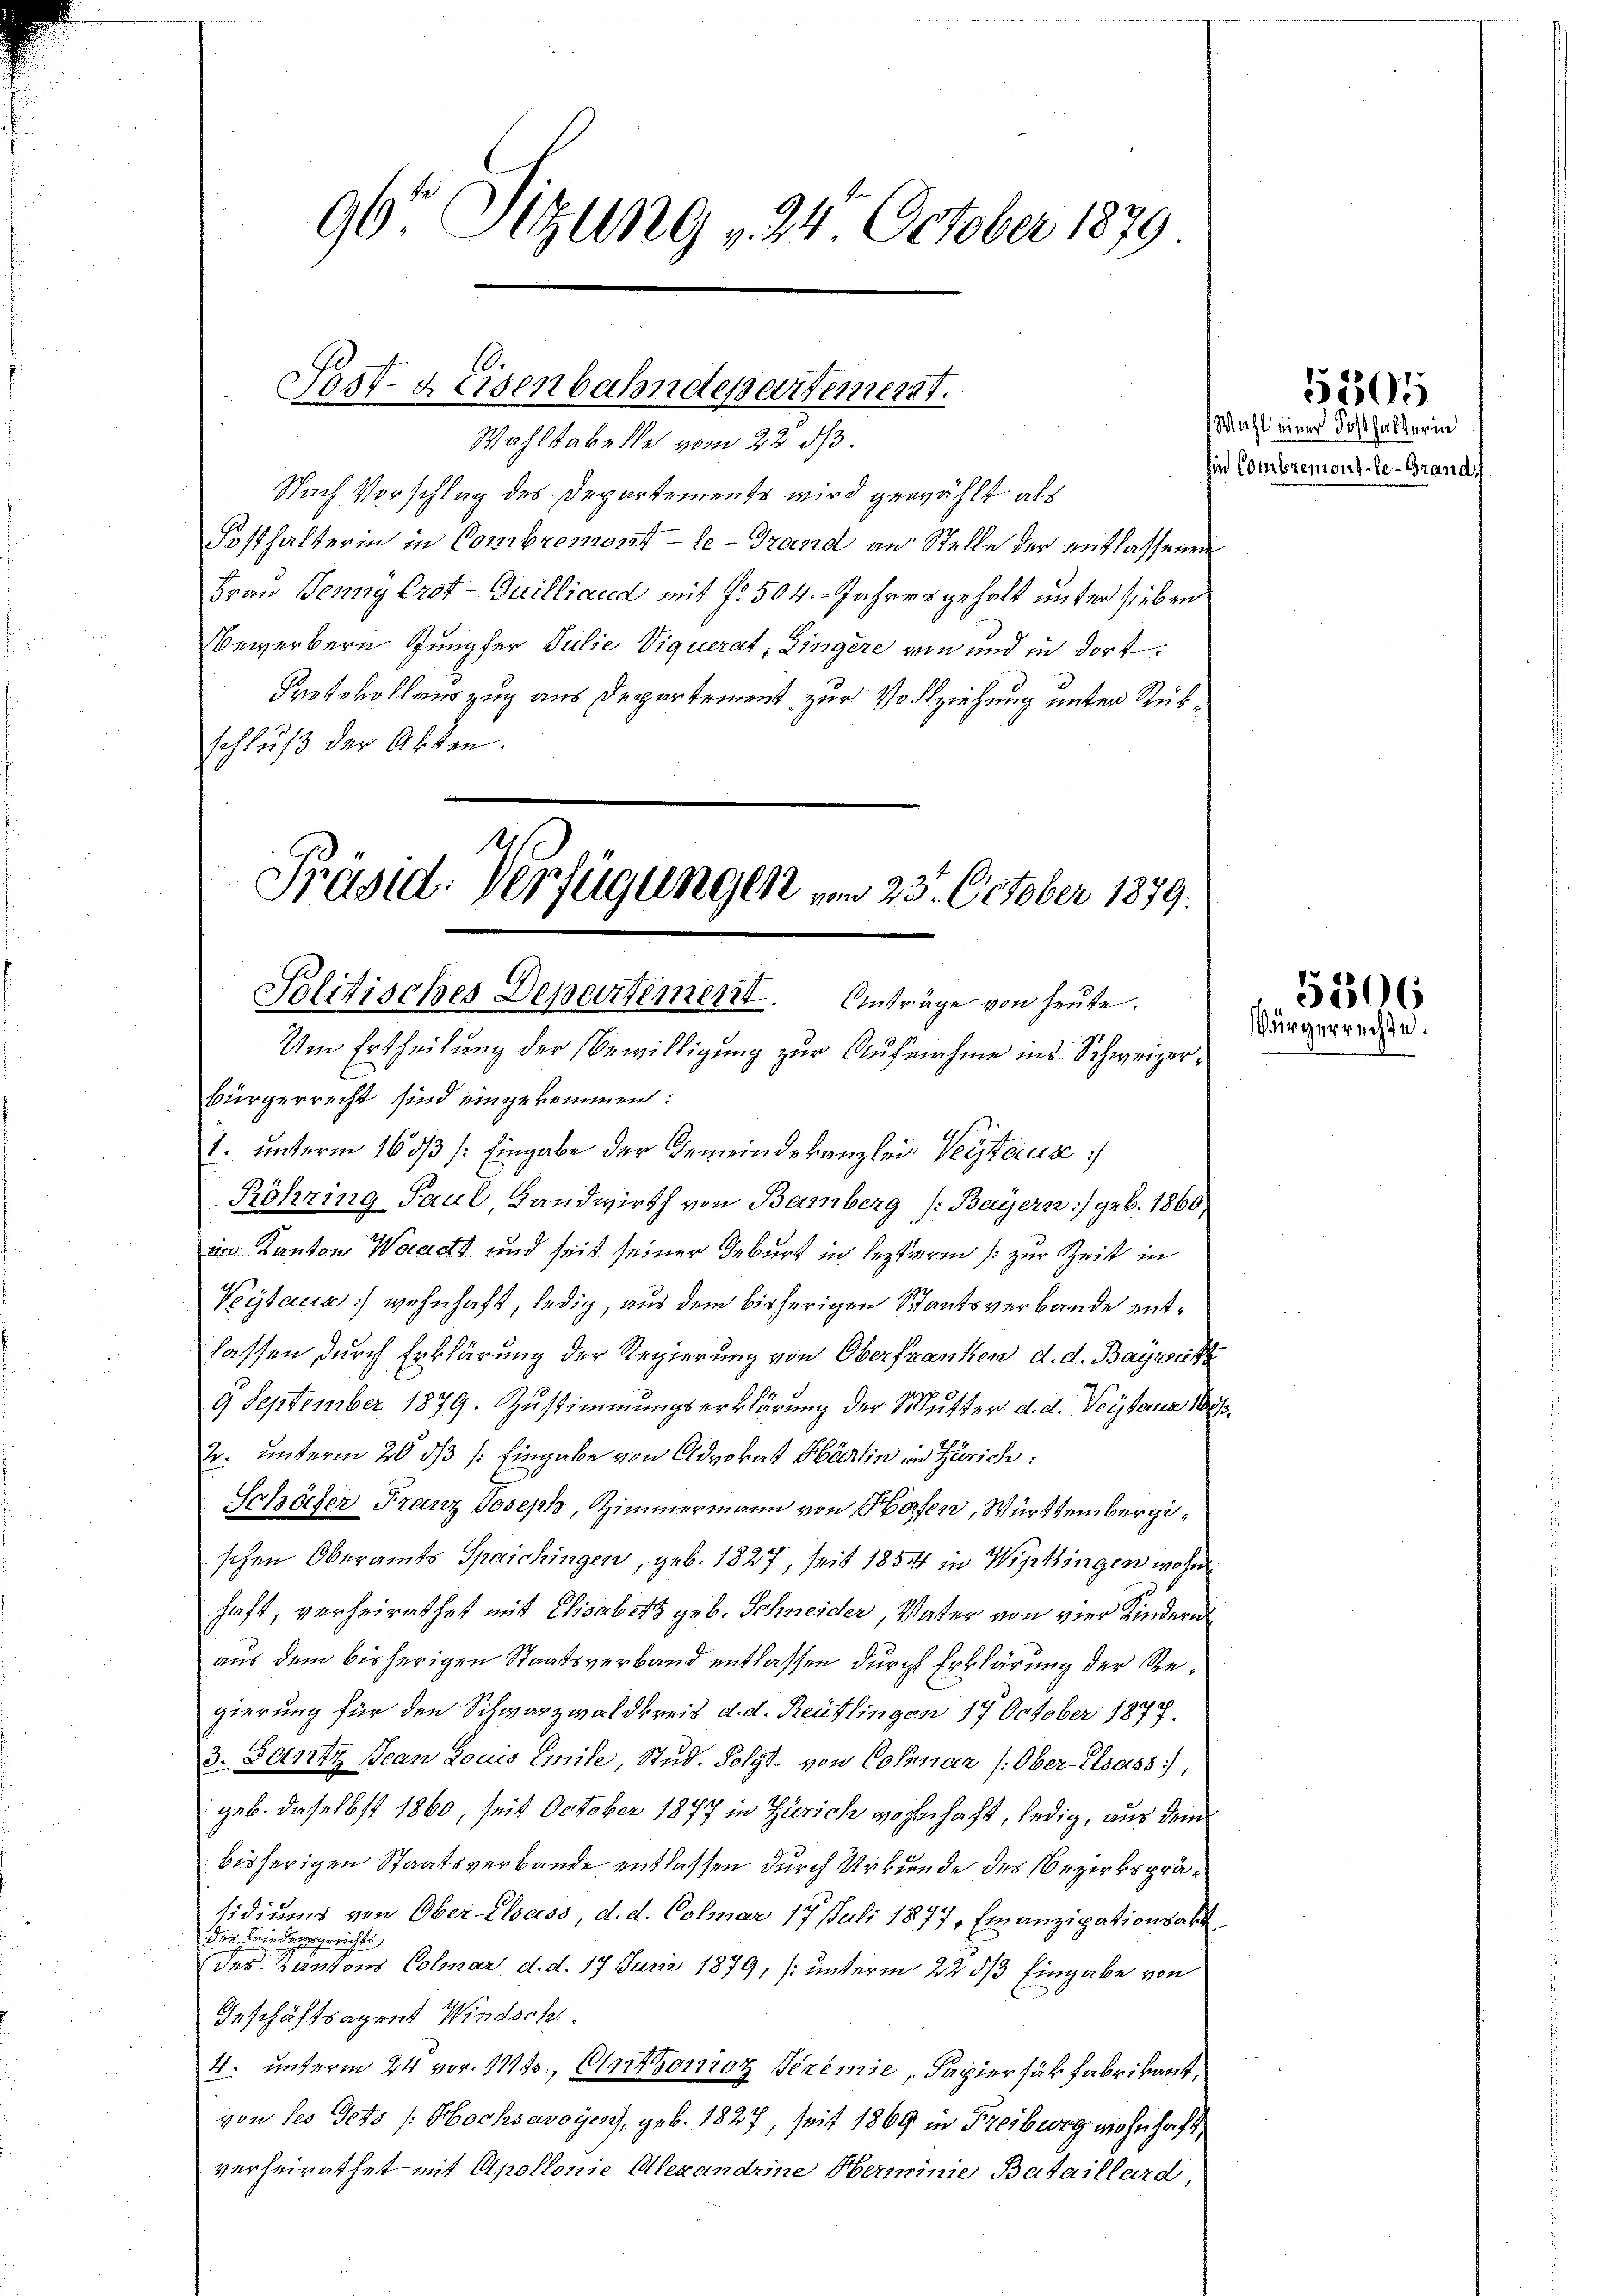
96t Sitzung 24. October 1879

Post- & Eisenbahndepartement.
Wahlstabelle vom 22. ds.

¬
Nach Vorschlag des Departements wird gewählt als
Fosthalterin in Combremont - le - Grand an Stelle der entlassenen
Frau Jenny Crot-Guilliand mit f. 504. Jahresgehalt unter sieben
Bewerbern Rumpfer Julie Viquerat, Zingere von und in dort¬
Protokollauszug aus Departement zur Vollziehung unter Rükschluß der Akten.

Präsid. Verfügungen um 23. October 1879.
Politisches Departement. Anträge von heute.
Um Ertheilung der Bewilligung zur Aufnahme ins Schweizerbürgerrecht sind eingekommen:
1. unterm 16 ds /: Eingabe der Gemeindekanzlei- Veitaux

Röhring Paul Landwirth von Bamberg (Bayern) geb. 1860
im Kanton Waadt und seit seiner Geburt in leztere (zur Zeit in
Vytaca] wohnhaft, ledig, aus dem bisherigen Staatsverbande entlassen durch Erklärung der Regierung von Oberfranken d. d. Bayreut
9 September 1879. Zustimmungserklärung der Mutter d. d. Veitaus 180
r. unterm 20 dß /: Eingabe von Advokat Härlin im Zürich:
Schärfer Franz Joseph, Zimmermann von Hafen, Württembergischen Oberamts Speichingen, geb. 1827, seit 1854 in Wipkingen wohn
haft, verheirathet mit Elisabet geb. Schneider, Vater von vier Kindern
aus dem bisherigen Staatsverband entlassen durch Erklärung der Regierung für den Schwarzwaldkreis d. d. Reutlingen 19 October 1877.
3. Jantz Jean Louis Emile, Stud. Polyt. von Cohnar (Ober- Elsass,
geb. daselbst 1860, seit October 1877 in Zürich wohnhaft, ledig, aus dem
bisherigen Staatsverbande entlassen durch Urkunde des Bezirkspräsidiums von Ober-Elsass, d. d. Colmar 17 Juli 1877, Emanzigationsabe
Des wenn densgerichts
Der Kantons Colmar d. d. 17 Juni 1879, (unterm 22. ds Eingabe von
Geschäftsagent Windschi.
4. unterm 24. vor. 1713., Antonioz Seremie „Papier säk fabrikant,
von des Gets /: Hochsavoyen, geb. 1827, seit 1869 in Freiburg wohnhaft,
verheirathet mit Apollonie Alexandeine Oberminie Bataillard

Wahl einer Posthalterin
sin Combremont-le-Grandsh

f
.

51505

5106
Bürgerrechte.